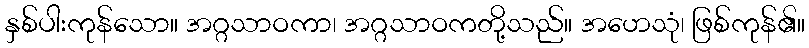
နှစ်ပါးကုန်သော။ အဂ္ဂသာဝကာ၊ အဂ္ဂသာဝကတို့သည်။ အဟေသုံ၊ ဖြစ်ကုန်၏။